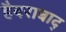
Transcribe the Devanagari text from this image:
हैदराबाद्